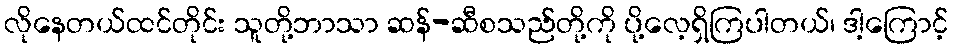
လိုနေတယ်ထင်တိုင်း သူတို့ဘာသာ ဆန်-ဆီစသည်တို့ကို ပို့လေ့ရှိကြပါတယ်၊ ဒါ့ကြောင့်